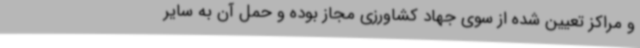
و مراکز تعیین شده از سوی جهاد کشاورزی مجاز بوده و حمل آن به سایر